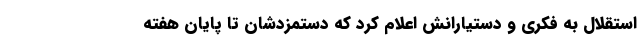
استقلال به فکری و دستیارانش اعلام کرد که دستمزدشان تا پایان هفته